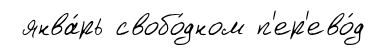
янва́рь свобо́дном п'ер'ево́д